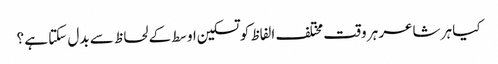
کیا ہر شاعر ہر وقت مختلف الفاظ کو تسکین اوسط کے لحاظ سے بدل سکتا ہے ؟